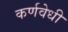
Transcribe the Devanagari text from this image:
कर्णवेधी